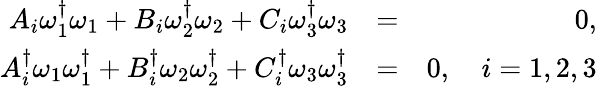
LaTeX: \begin{array}{rlr}{A_{i}\omega_{1}^{\dagger}\omega_{1}+B_{i}\omega_{2}^{\dagger}\omega_{2}+C_{i}\omega_{3}^{\dagger}\omega_{3}}&{=}&{0,}\\ {A_{i}^{\dagger}\omega_{1}\omega_{1}^{\dagger}+B_{i}^{\dagger}\omega_{2}\omega_{2}^{\dagger}+C_{i}^{\dagger}\omega_{3}\omega_{3}^{\dagger}}&{=}&{0,\quad i=1,2,3}\end{array}